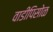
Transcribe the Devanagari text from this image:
वाडीपिसोळ